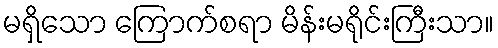
မရှိသော ကြောက်စရာ မိန်းမရိုင်းကြီးသာ။